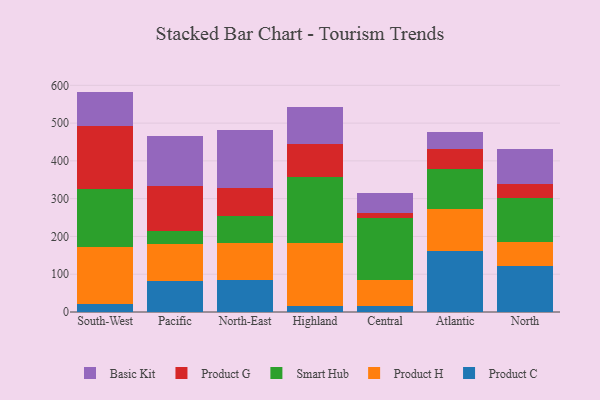
{"axis": {"x": "Region", "y": "Backlog"}, "legend": ["Basic Kit", "Product C", "Product G", "Product H", "Smart Hub"], "data": [{"x": "South-West", "y": 20.5, "type": "Product C"}, {"x": "South-West", "y": 151.9, "type": "Product H"}, {"x": "South-West", "y": 152.6, "type": "Smart Hub"}, {"x": "South-West", "y": 166.9, "type": "Product G"}, {"x": "South-West", "y": 91.5, "type": "Basic Kit"}, {"x": "Pacific", "y": 83.3, "type": "Product C"}, {"x": "Pacific", "y": 96.3, "type": "Product H"}, {"x": "Pacific", "y": 36.1, "type": "Smart Hub"}, {"x": "Pacific", "y": 118.4, "type": "Product G"}, {"x": "Pacific", "y": 132.8, "type": "Basic Kit"}, {"x": "North-East", "y": 84.3, "type": "Product C"}, {"x": "North-East", "y": 98.4, "type": "Product H"}, {"x": "North-East", "y": 71.7, "type": "Smart Hub"}, {"x": "North-East", "y": 74.7, "type": "Product G"}, {"x": "North-East", "y": 152.3, "type": "Basic Kit"}, {"x": "Highland", "y": 16.9, "type": "Product C"}, {"x": "Highland", "y": 166.3, "type": "Product H"}, {"x": "Highland", "y": 174.1, "type": "Smart Hub"}, {"x": "Highland", "y": 87.9, "type": "Product G"}, {"x": "Highland", "y": 98.3, "type": "Basic Kit"}, {"x": "Central", "y": 15.4, "type": "Product C"}, {"x": "Central", "y": 69.6, "type": "Product H"}, {"x": "Central", "y": 164.9, "type": "Smart Hub"}, {"x": "Central", "y": 11.1, "type": "Product G"}, {"x": "Central", "y": 54.0, "type": "Basic Kit"}, {"x": "Atlantic", "y": 162.2, "type": "Product C"}, {"x": "Atlantic", "y": 111.3, "type": "Product H"}, {"x": "Atlantic", "y": 105.4, "type": "Smart Hub"}, {"x": "Atlantic", "y": 51.4, "type": "Product G"}, {"x": "Atlantic", "y": 45.3, "type": "Basic Kit"}, {"x": "North", "y": 121.1, "type": "Product C"}, {"x": "North", "y": 65.1, "type": "Product H"}, {"x": "North", "y": 116.3, "type": "Smart Hub"}, {"x": "North", "y": 35.8, "type": "Product G"}, {"x": "North", "y": 93.0, "type": "Basic Kit"}]}